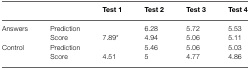
|  |  | Test 1 | Test 2 | Test 3 | Test 4 |
 | --- | --- | --- | --- | --- | --- |
 | Answers | Prediction |  | 6.28 | 5.72 | 5.53 |
 |  | Score | 7.89* | 4.94 | 5.06 | 5.11 |
 | Control | Prediction |  | 5.46 | 5.06 | 5.03 |
 |  | Score | 4.51 | 5 | 4.77 | 4.86 |